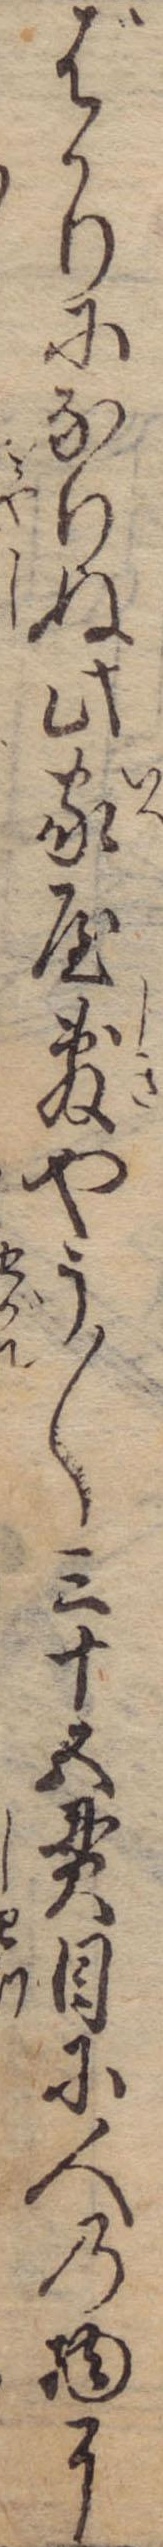
ばかりになりぬ此家屋敷やう〱三十五貫目に人の物に